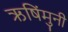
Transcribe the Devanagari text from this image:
ऋषिंमुनी